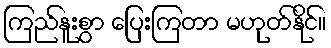
ကြည်နူးစွာ ပြေးကြတာ မဟုတ်နိုင်။